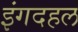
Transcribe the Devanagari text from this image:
इंगदहल